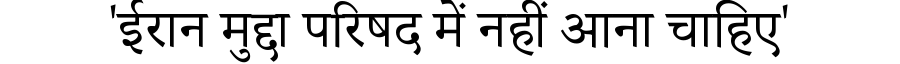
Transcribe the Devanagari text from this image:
'ईरान मुद्दा परिषद में नहीं आना चाहिए'